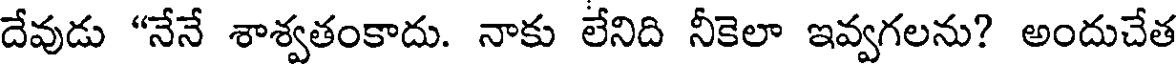
దేవుడు "నేనే శాశ్వతంకాదు. నాకు లేనిది నీకెలా ఇవ్వగలను? అందుచేత